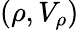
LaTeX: (\rho,V_{\rho})